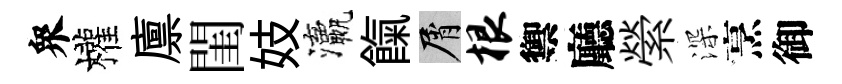
衆權廪閨妓瀛餼屑根禦廳縈深烹御